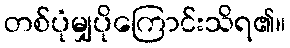
တစ်ပုံမျှပိုကြောင်းသိရ၏။